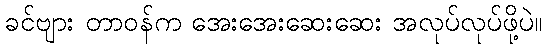
ခင်ဗျား တာဝန်က အေးအေးဆေးဆေး အလုပ်လုပ်ဖို့ပဲ။